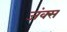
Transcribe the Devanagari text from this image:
जंक्स